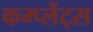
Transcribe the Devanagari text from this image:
कम्प्लेंट्स